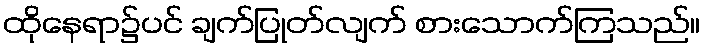
ထိုနေရာ၌ပင် ချက်ပြုတ်လျက် စားသောက်ကြသည်။